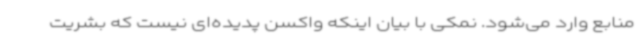
منابع وارد می‌شود. نمکی با بیان اینکه واکسن پدیده‌ای نیست که بشریت